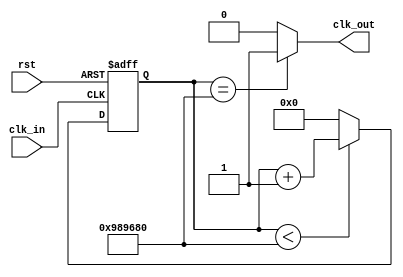
module clk_div
    #(parameter N = 10000000)
    (
    input clk_in,
    input rst,
    output reg clk_out
    );
reg [31:0] count;
always @(posedge clk_in or posedge rst) begin
    if (rst) count <=0;
    else begin
        if (count<N)    count <=count +1;
        else    count<=0;
    end
end
always @(count) begin
    if (count == N) clk_out = 1;
    else clk_out = 0;
end
endmodule